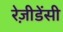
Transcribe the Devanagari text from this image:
रेज़ीडेंसी